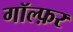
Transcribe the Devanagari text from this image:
गॉल्फ़र